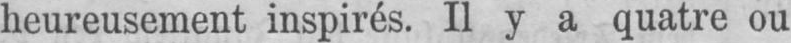
heureusement inspirés. Il y a quatre ou